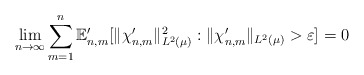
\begin{align*} \lim_{n \to \infty} \sum_{m=1}^n \mathbb{E}_{n,m}' [ \|\chi_{n,m}' \|_{L^2( \mu)}^2 : \|\chi_{n,m}' \|_{L^2(\mu)} > \varepsilon ] = 0\end{align*}